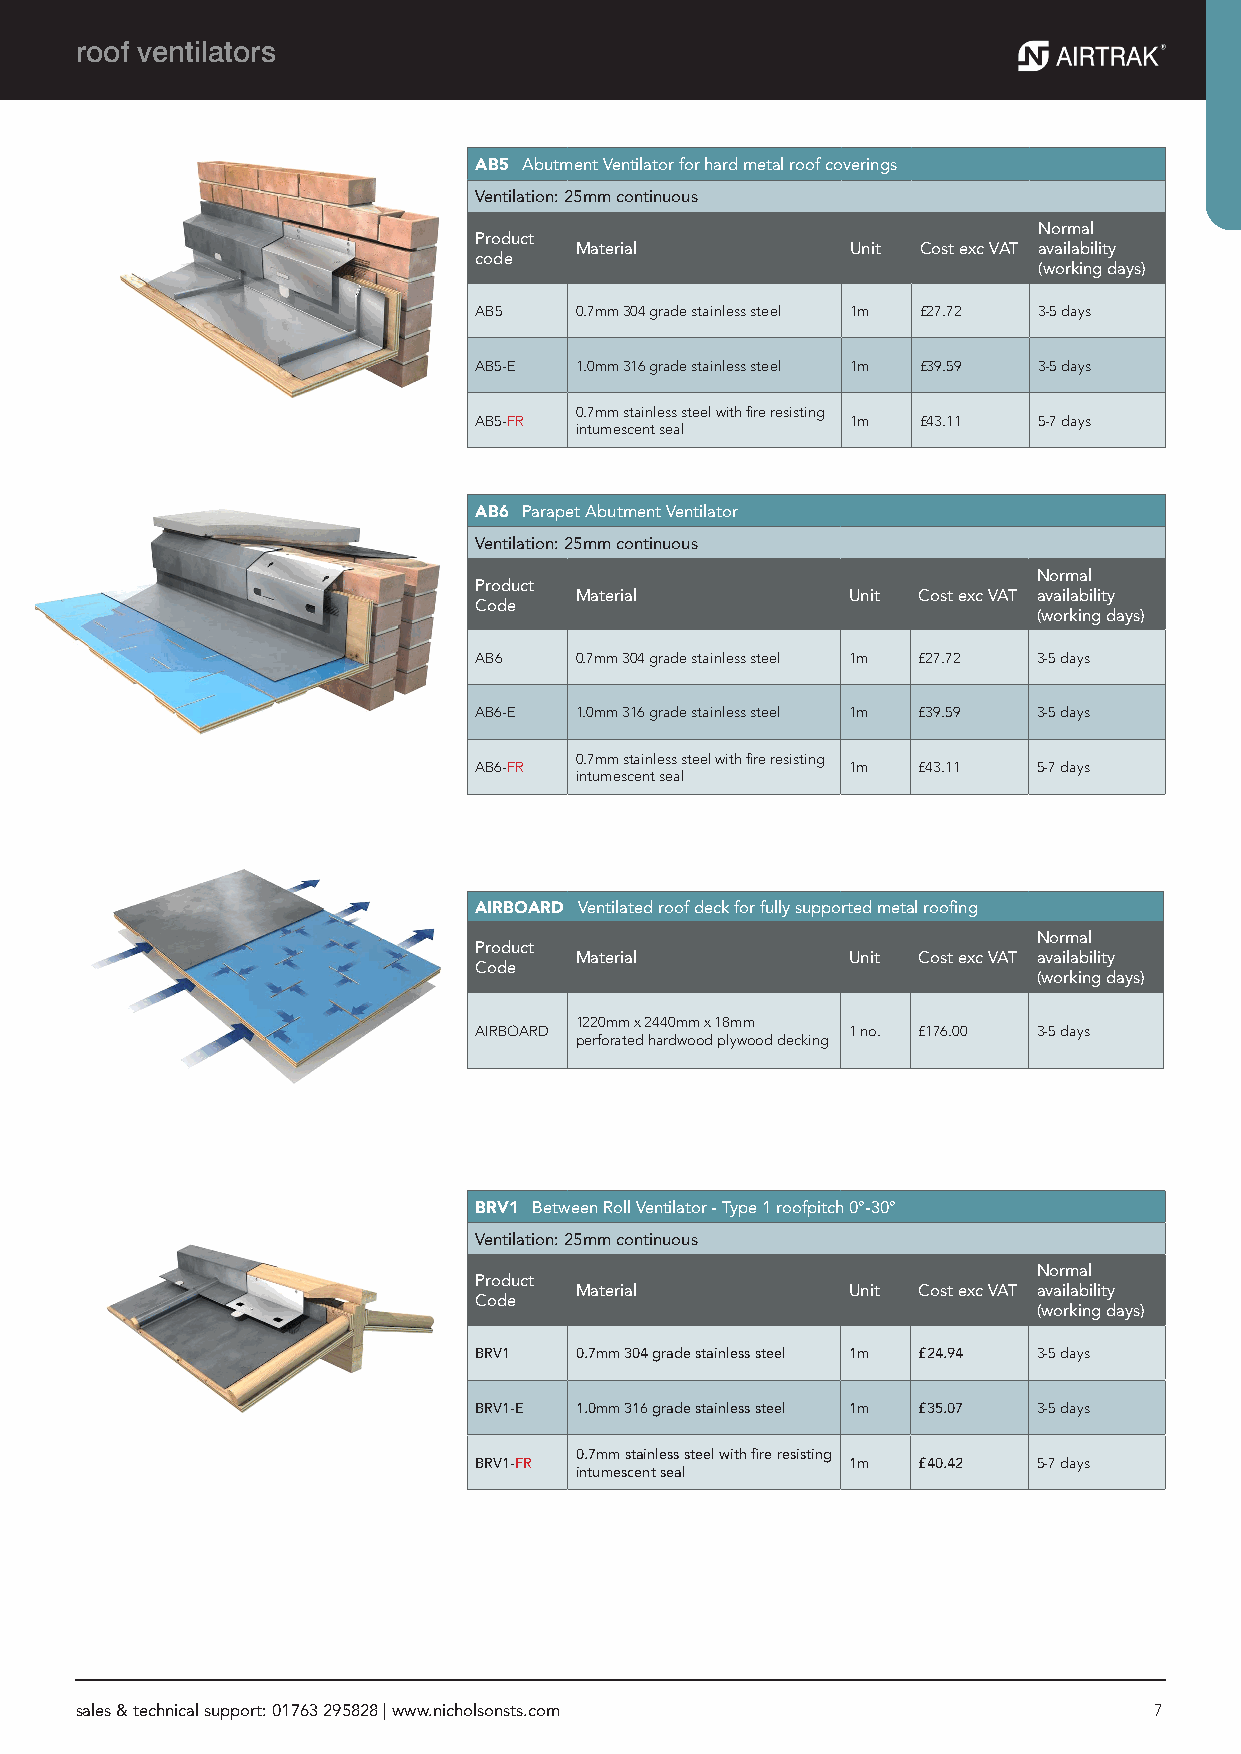
roof ventilators
 AB5 Abutment Ventilator for hard metal roof coverings
 Ventilation: 25mm continuous
 Normal
 Product
 Material          Unit Cost exc VAT availability
 code
 (working days)
 AB5    0.7mm 304 grade stainless steel 1m £27.72 3-5 days
 AB5-E  1.0mm 316 grade stainless steel 1m £39.59 3-5 days
 0.7mm stainless steel with fire resisting
 AB5-FR                   1m   £43.11  5-7 days
 intumescent seal
 AB6 Parapet Abutment Ventilator
 Ventilation: 25mm continuous
 Normal
 Product
 Material          Unit Cost exc VAT availability
 Code
 (working days)
 AB6    0.7mm 304 grade stainless steel 1m £27.72 3-5 days
 AB6-E  1.0mm 316 grade stainless steel 1m £39.59 3-5 days
 AIRBOARD Ventilated roof deck for Metal Roofing AB6-FR 0.7mm stainless steel with fire resisting 1m £43.11 5-7 days
 intumescent seal
 AIRBOARD Ventilated roof deck for fully supported metal roofing
 Normal
 Product
 Material          Unit Cost exc VAT availability
 Code
 (working days)
 1220mm x 2440mm x 18mm
 AIRBOARD                 1 no. £176.00 3-5 days
 perforated hardwood plywood decking
 BRV1 Between Roll Ventilator - Type 1 roofpitch 0°-30°
 Ventilation: 25mm continuous
 Normal
 Product
 Material          Unit Cost exc VAT availability
 Code
 (working days)
 BRV1   0.7mm 304 grade stainless steel 1m £24.94 3-5 days
 BRV1-E 1.0mm 316 grade stainless steel 1m £35.07 3-5 days
 0.7mm stainless steel with fire resisting
 BRV1-FR                  1m   £40.42  5-7 days
 intumescent seal
 sales & technical support: 01763 295828 | www.nicholsonsts.com         7